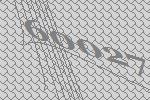
60027